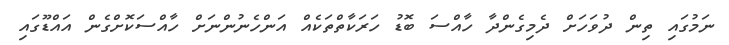
ނަމުގައި ތިން ދުވަހަށް ދެމިގެންދާ ހާއްސަ ބޮޑު ހަރަކާތްތަކެއް އަންހެނުންނަށް ހާއްސަކޮށްގެން އައްޑޫގައި